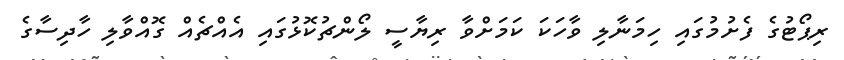
ރިޕޯޓުގެ ފެށުމުގައި ހިމަނާލި ވާހަކަ ކަމަށްވާ ރިޔާސީ ލޯންޗުކޮޅުގައި އެއްޗެއް ގޮއްވާލި ހާދިސާގެ